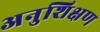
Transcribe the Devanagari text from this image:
अनुशिक्षण